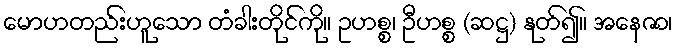
မောဟတည်းဟူသော တံခါးတိုင်ကို။ ဥဟစ္စ၊ ဦဟစ္စ (ဆဋ္ဌ) နုတ်၍။ အနေဇာ၊